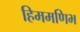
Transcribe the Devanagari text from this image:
हिममणिभ